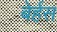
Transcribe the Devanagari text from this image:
बेर्हस